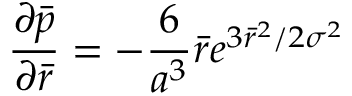
\frac { { \partial } \bar { p } } { { \partial } \bar { r } } = - \frac { 6 } { a ^ { 3 } } \bar { r } e ^ { 3 \bar { r } ^ { 2 } / 2 { \sigma } ^ { 2 } }